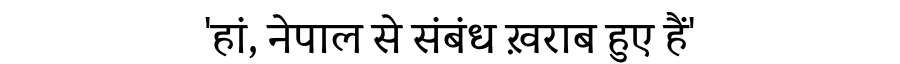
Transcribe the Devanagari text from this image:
'हां, नेपाल से संबंध ख़राब हुए हैं'